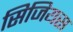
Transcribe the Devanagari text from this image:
सिजियस